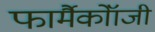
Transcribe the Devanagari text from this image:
फार्मैकोॉजी